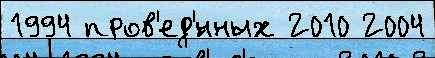
1994 пров'ед'́нных 2010 2004